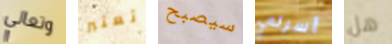
وتعالي تعتبر سيصبح أسرتي هل